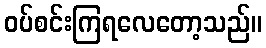
ဝပ်စင်းကြရလေတော့သည်။